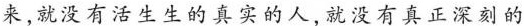
来,就没有活生生的真实的人,就没有真正深刻的